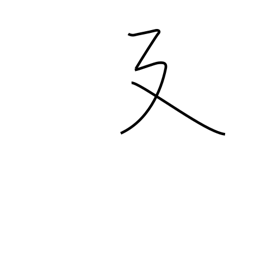
Meaning: long stride or stretching radical (no. 54)